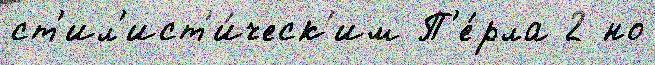
ст'ил'ист'и́ческ'им П'е́рла 2 но